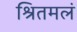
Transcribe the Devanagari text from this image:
श्रितमलं